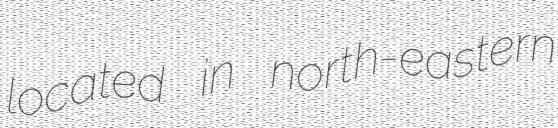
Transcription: located in north-eastern